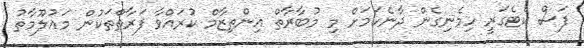
ފަސް ކެޓެގަރީ ހިމެނިގެން ދާނެކަމަށް މި މުބާރާތް އިންތިޒާމް ކުރައްވާ ފަރާތްތަކުން މަޢުލޫމާތު